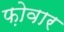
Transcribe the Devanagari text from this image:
फ़ोवार